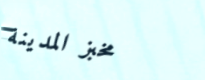
مخبز المدينة